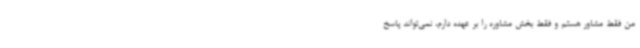
من فقط مشاور هستم و فقط بخش مشاوره را بر عهده دارم، نمی‌تواند پاسخ